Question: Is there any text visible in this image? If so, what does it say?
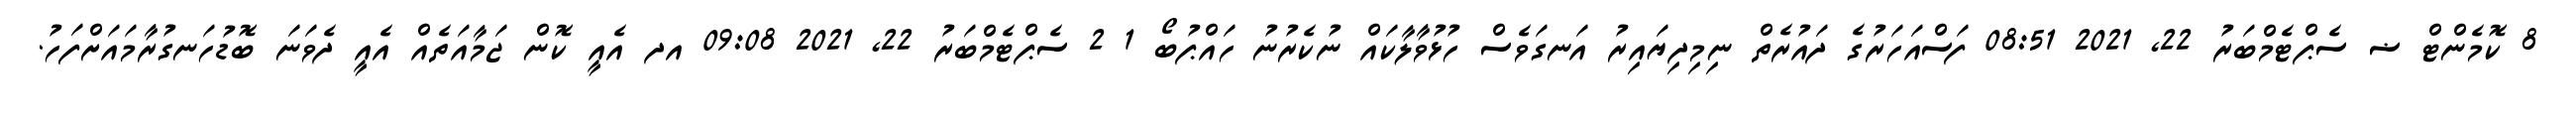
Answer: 8 ކޮމެންޓް ޟ ސެޕްޓެމްބަރު 22, 2021 08:51 ފަސްއަހަރުގެ ދައުރެތް ނިމިދިޔައިރު އަނގަވެސް ހުޅުވާލާކައް ނުކެރުނު ހައްޕުބޯ 1 2 ސެޕްޓެމްބަރު 22, 2021 09:08 އދ އެއީ ކޮން ޖަމާއަތެއް އެއީ ދެވަނަ ބޮޑުހަނގުރާމައަށްފަހު.